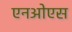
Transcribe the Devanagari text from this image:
एनओएस